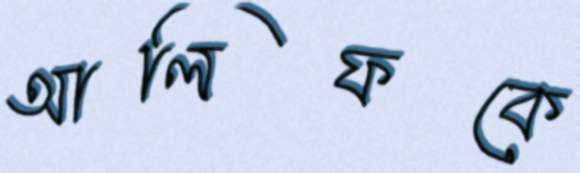
আলিফকে